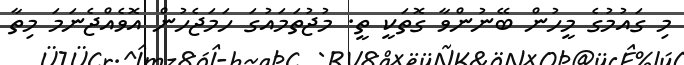
މި ގައުމުގެ މީހުން ބޭނުންވާ ގޮތަކީ ތީ. މުޖުތަމައުގަ ހަމަޖެހުން އޮވެއްޖެނަމަ މިތާ